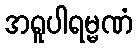
အရူပါရမ္မဏံ